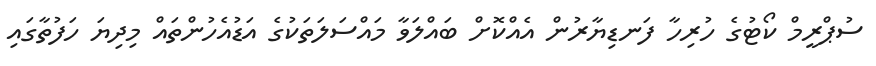
ސުޕްރީމް ކޯޓުގެ ހުރިހާ ފަނޑިޔާރުން އެއްކޮށް ބައްލަވާ މައްސަލަތަކުގެ އަޑުއެހުންތައް މިދިޔަ ހަފުތާގައި